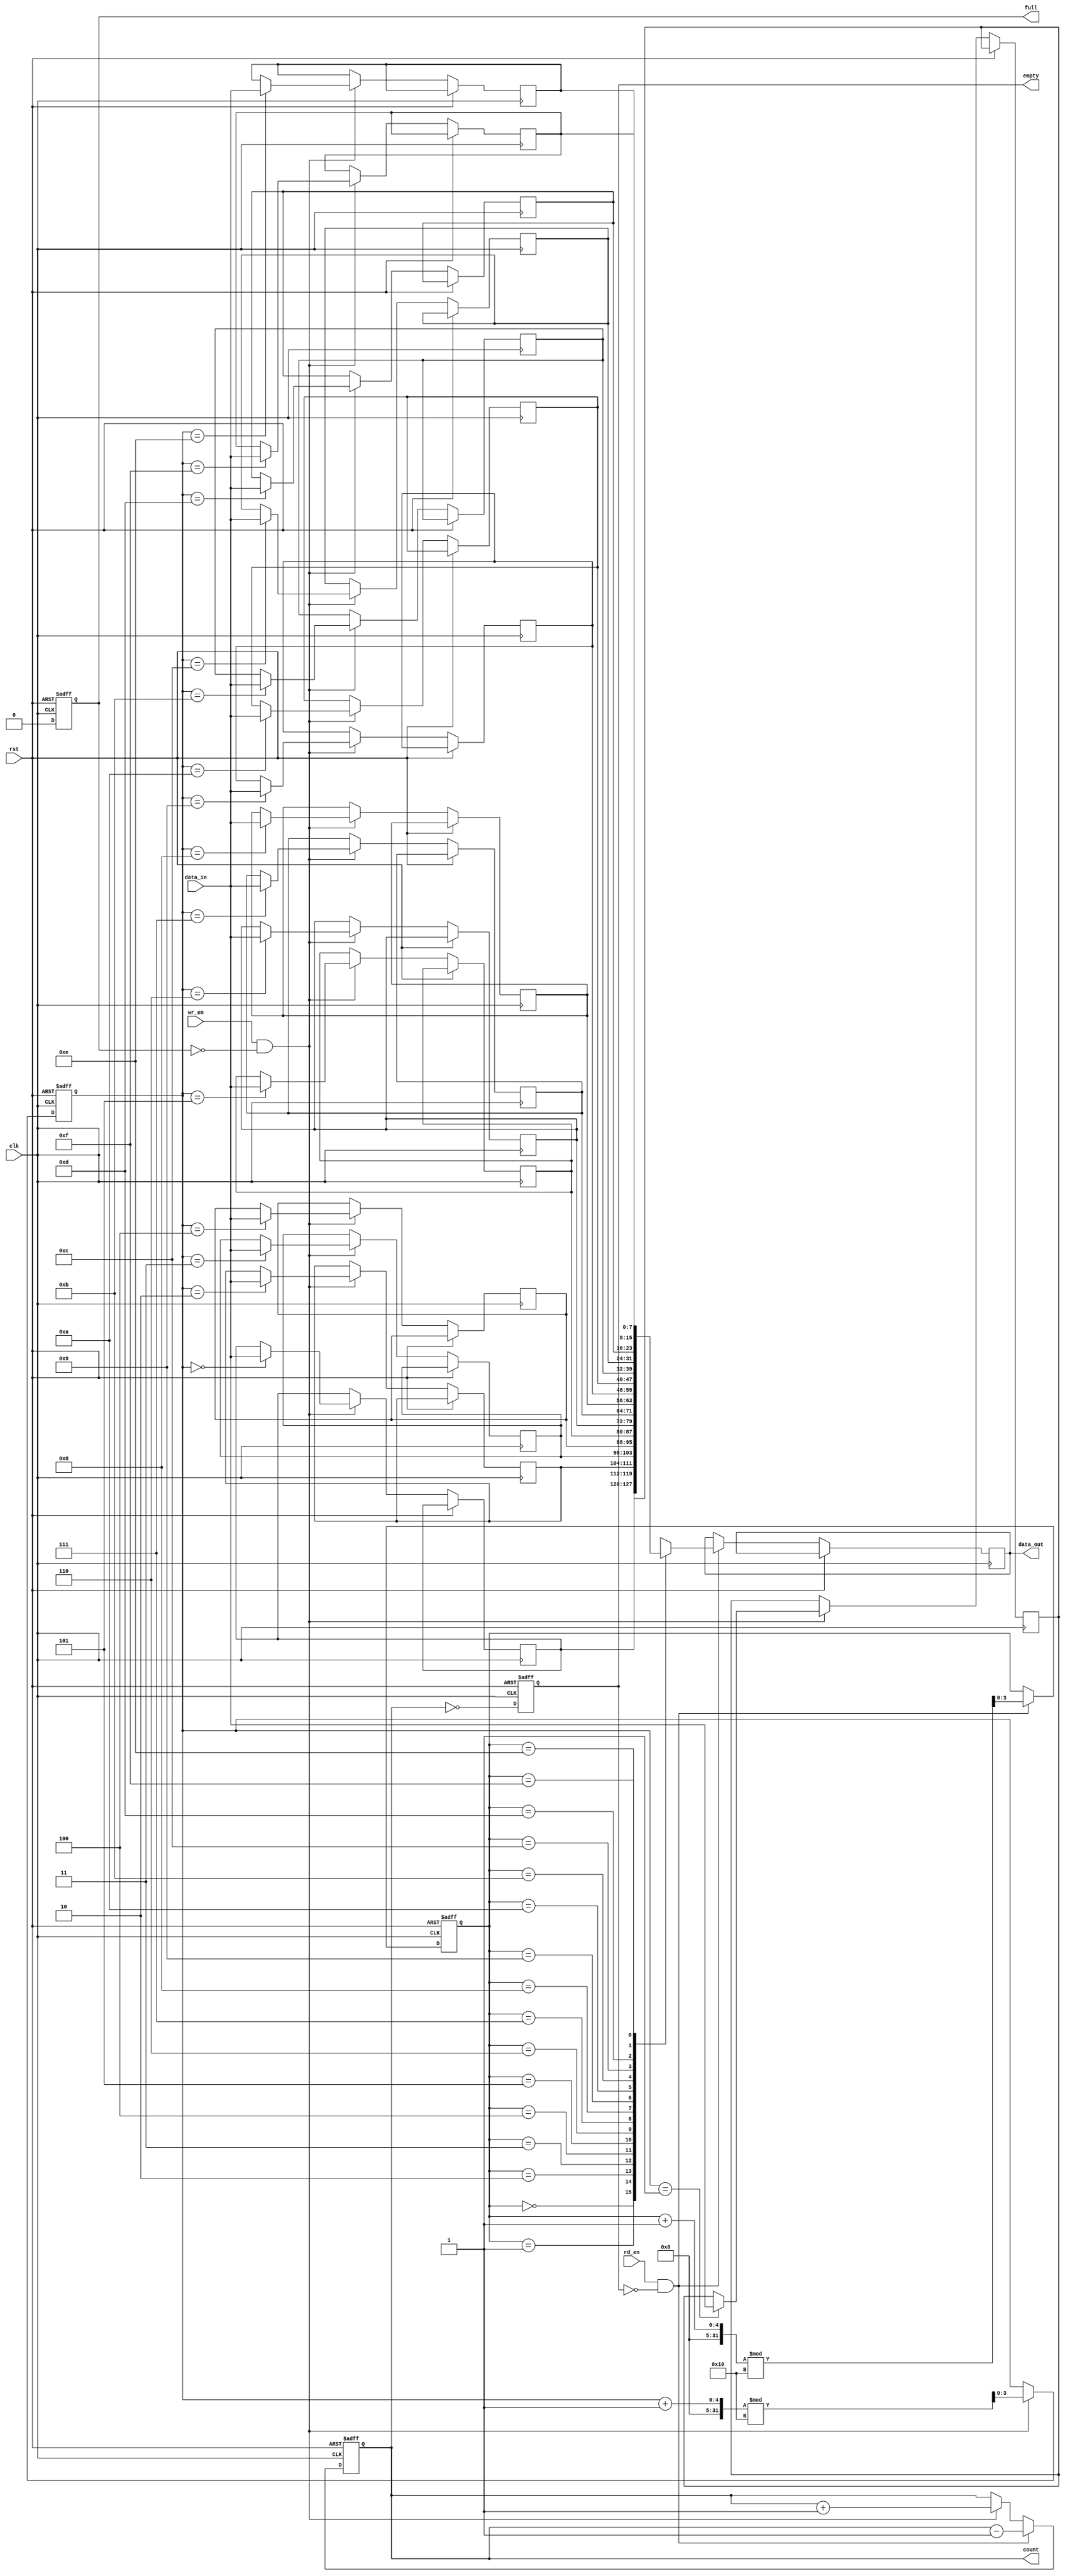
module parameterized_fifo #(
    parameter N = 16, // Depth of the FIFO
    parameter W = 8    // Width of each entry
)(
    input clk,                // Clock signal
    input rst,                // Asynchronous reset
    input [W-1:0] data_in,    // Data input
    input wr_en,              // Write enable
    input rd_en,              // Read enable
    output reg [W-1:0] data_out, // Data output
    output reg full,          // FIFO full flag
    output reg empty,         // FIFO empty flag
    output reg [clog2(N)-1:0] count // Number of entries in FIFO
);

    // Storage array for the FIFO
    reg [W-1:0] fifo_mem[N-1:0];
    
    // Read and Write pointers
    reg [clog2(N)-1:0] read_ptr;
    reg [clog2(N)-1:0] write_ptr;

    // Function to calculate log base 2
    function integer clog2(input integer val);
        begin
            val = val - 1;
            for (clog2 = 0; val > 0; clog2 = clog2 + 1)
                val = val >> 1;
        end
    endfunction

    // Asynchronous reset
    always @(posedge clk or posedge rst) begin
        if (rst) begin
            read_ptr <= 0;
            write_ptr <= 0;
            count <= 0;
            full <= 0;
            empty <= 1;
        end else begin
            // Write operation
            if (wr_en && !full) begin
                fifo_mem[write_ptr] <= data_in;
                write_ptr <= (write_ptr + 1) % N;
                count <= count + 1;
            end
            
            // Read operation
            if (rd_en && !empty) begin
                data_out <= fifo_mem[read_ptr];
                read_ptr <= (read_ptr + 1) % N;
                count <= count - 1;
            end
            
            // Update full and empty flags
            full <= (count == N);
            empty <= (count == 0);
        end
    end

endmodule